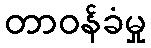
တာဝန်ခံမှု